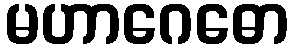
မဟာဂေဓော